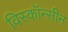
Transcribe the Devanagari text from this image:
विस्कॉन्सीन